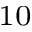
^ { 1 0 }